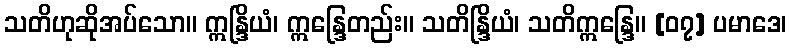
သတိဟုဆိုအပ်သော။ ဣန္ဒြိယံ၊ ဣန္ဒြေတည်း။ သတိန္ဒြိယံ၊ သတိဣန္ဒြေ။ [၀၇] ပမာဒေ၊